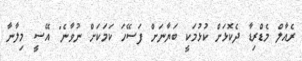
ރެއާލް މެޑްރިޑާ ދެކޮޅަށް ކުޅުމަކީ ބަޔާނަށް ފަސޭހަ ކަމަކަށް ނުވާނެ" އޭސީ މިލާނާ